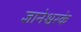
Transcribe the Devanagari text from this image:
ज्ञानेश्वरके